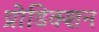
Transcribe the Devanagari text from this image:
प्रोडिक्शन